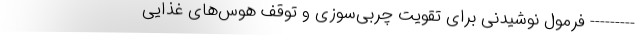
--------- فرمول نوشیدنی برای تقویت چربی‌سوزی و توقف هوس‌های غذایی